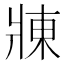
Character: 𬌃